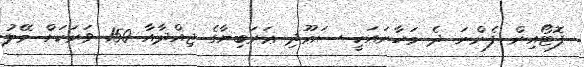
ފޮޓޯއިން ފެންނަ ދެ މަހާނައަކީ ސަޢޫދި ޢަރަބިޔާގެ ޖިއްދާއާ 150 ވަރަކަށް މޭލު